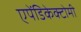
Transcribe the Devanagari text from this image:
एपेंडिकेक्टोमी